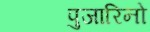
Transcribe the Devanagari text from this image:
पुजारिनो